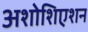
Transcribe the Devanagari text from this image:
अशोशिएशन